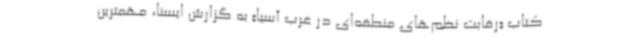
کتاب «رقابت نظم‌های منطقه‌ای در غرب آسیا» به گزارش ایسنا، مهمترین